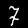
Label: 7